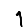
Digit: 1